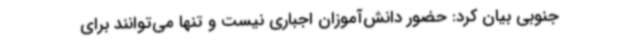
جنوبی بیان کرد: حضور دانش‌آموزان اجباری نیست و تنها می‌توانند برای